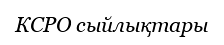
КСРО сыйлықтары